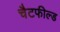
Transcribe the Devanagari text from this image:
चैटफील्ड